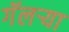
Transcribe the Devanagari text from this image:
गॅलर्‍या